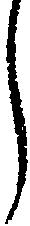
し